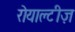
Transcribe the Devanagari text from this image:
रोयाल्टीज़